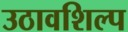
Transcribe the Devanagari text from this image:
उठावशिल्प